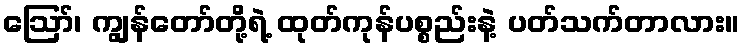
ဪ၊ ကျွန်တော်တို့ရဲ့ ထုတ်ကုန်ပစ္စည်းနဲ့ ပတ်သက်တာလား။